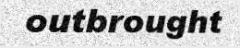
outbrought